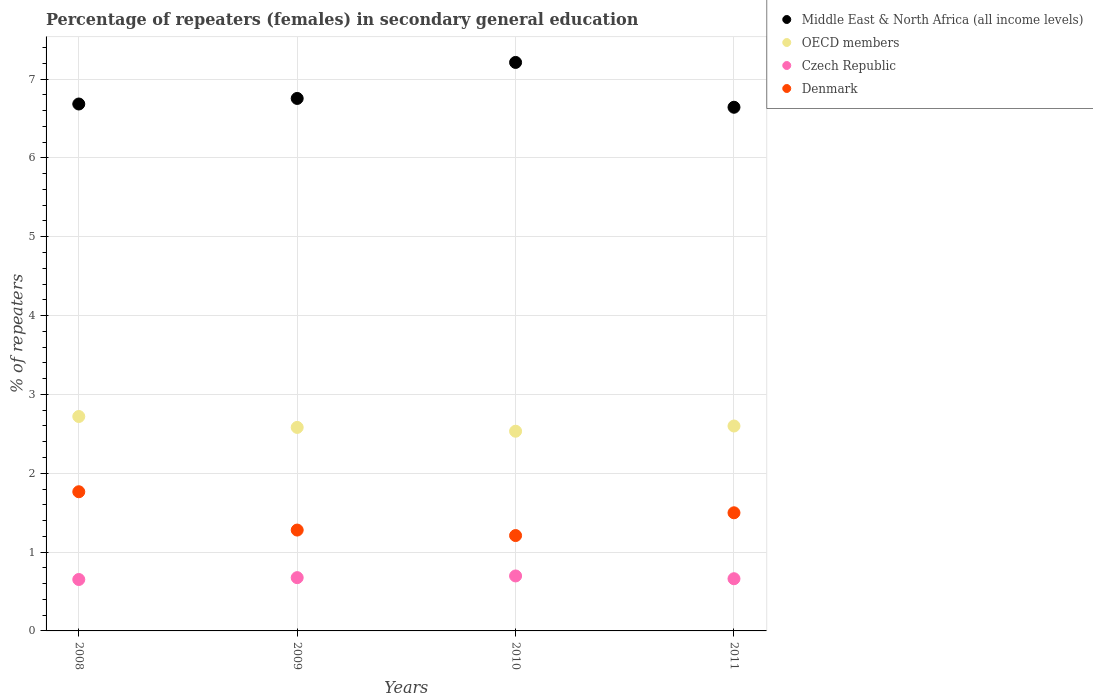
| Years | Middle East & North Africa (all income levels) | OECD members | Czech Republic | Denmark |
 | --- | --- | --- | --- | --- |
 | 2008 | 6.68 | 2.72 | 0.652 | 1.77 |
 | 2009 | 6.75 | 2.58 | 0.676 | 1.28 |
 | 2010 | 7.21 | 2.53 | 0.697 | 1.21 |
 | 2011 | 6.64 | 2.6 | 0.662 | 1.5 |